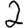
Digit: 2